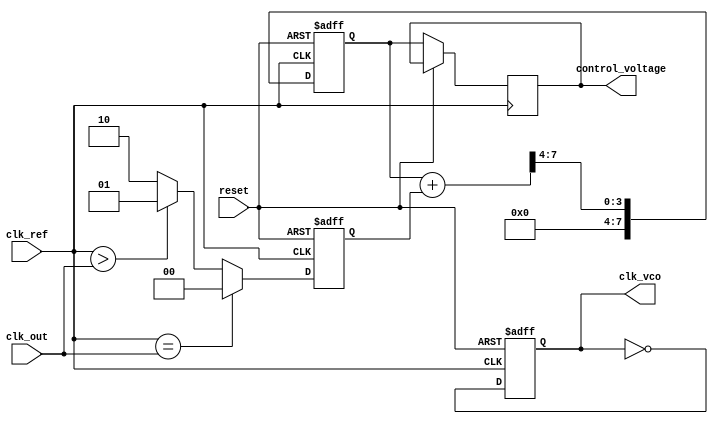
module PLL (
    input wire clk_ref,          // Reference clock input
    input wire clk_out,          // Output clock signal
    input wire reset,            // Asynchronous reset
    output reg clk_vco,          // VCO output clock signal
    output reg [7:0] control_voltage // Control voltage for VCO
);

// Parameters
parameter MEMORY_DEPTH = 8; // Depth of memory for phase error
parameter FILTER_COEFF = 4;  // Coefficient for loop filter

// Phase Detector
reg [1:0] phase_error; // Phase error signal
reg [MEMORY_DEPTH-1:0] phase_memory; // Memory for phase error values
integer i;

// Loop Filter
reg [7:0] filtered_error; // Filtered phase error

// Voltage-Controlled Oscillator
reg [7:0] vco_frequency; // Frequency control for VCO

// Memory Block for phase error
always @(posedge clk_ref or posedge reset) begin
    if (reset) begin
        phase_memory <= 0; // Clear memory on reset
    end else begin
        // Store phase error in memory
        phase_memory <= {phase_memory[MEMORY_DEPTH-2:0], phase_error};
    end
end

// Phase Detector Logic
always @(posedge clk_ref or posedge reset) begin
    if (reset) begin
        phase_error <= 0;
    end else begin
        // Simple phase detection logic (could be more complex)
        if (clk_ref == clk_out) begin
            phase_error <= 2'b00; // No phase error
        end else if (clk_ref > clk_out) begin
            phase_error <= 2'b01; // Reference leads output
        end else begin
            phase_error <= 2'b10; // Output leads reference
        end
    end
end

// Loop Filter Logic
always @(posedge clk_ref or posedge reset) begin
    if (reset) begin
        filtered_error <= 0;
    end else begin
        // Simple low-pass filter (could be more complex)
        filtered_error <= (filtered_error + phase_error) >> FILTER_COEFF;
        control_voltage <= filtered_error; // Update control voltage
    end
end

// Voltage-Controlled Oscillator Logic
always @(posedge clk_ref or posedge reset) begin
    if (reset) begin
        clk_vco <= 0;
        vco_frequency <= 0;
    end else begin
        // Adjust VCO frequency based on control voltage
        vco_frequency <= control_voltage; // Example frequency control
        clk_vco <= ~clk_vco; // Toggle output clock
    end
end

endmodule